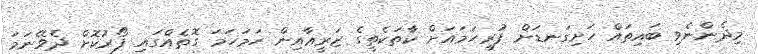
މިދެންނެވި ބައިތައް ހަށިގަނޑަށް ފުރިހަމައަށް ކާތަކެތީގެ ޒަރީޢާއިން ހަމަހަމަ ގޮތެއްގައި ފޯރުކޮށް ދެވޭނަމަ